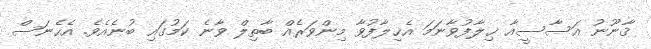
ޤާނޫނު އަސާސީއާ ޚިލާފުވާނަމަ އެޚިލާފުވާ މިންވަރެއް ބާތިލް ވާނެ ކަމުގައި ބުނެއެވެ. އެހެނަސް